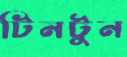
টিনটুন